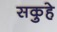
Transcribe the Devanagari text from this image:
सकुहे